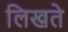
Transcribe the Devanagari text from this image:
लिखते